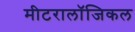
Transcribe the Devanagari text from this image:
मीटरालॉजिकल